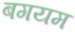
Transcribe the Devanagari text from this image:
बगयम